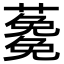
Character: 𮒉